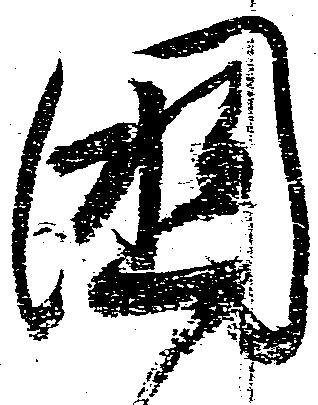
国